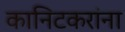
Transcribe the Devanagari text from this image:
कानिटकरांना